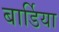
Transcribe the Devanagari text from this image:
बार्डिया